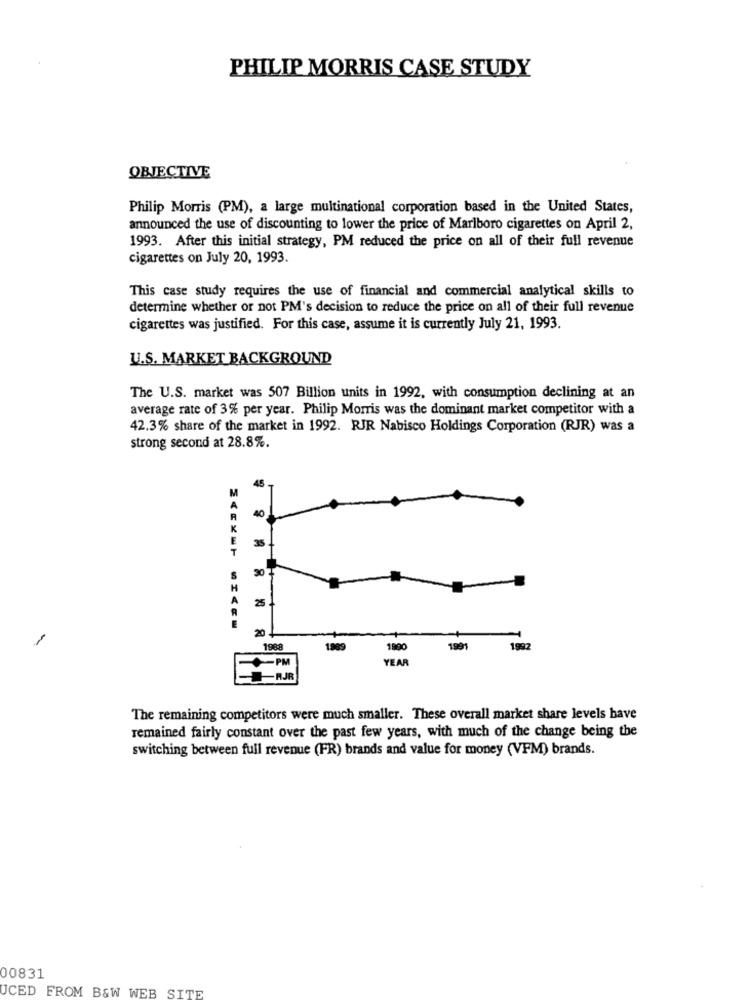
PHILIP MORRIS CASE STUDY
OBJECTIVE
Philip Morris (PM), a large multinational corporation based in the United States,
announced the use of discounting to lower the price of Marlboro cigarettes on April 2,
1993. After this initial strategy, PM reduced the price on all of their full revenue
cigarettes on July 20, 1993.
This case study requires the use of financial and commercial analytical skills to
determine whether or not PM's decision to reduce the price on all of their full revenue
cigarettes was justified. For this case, assume it is currently July 21, 1993.
U.S. MARKET BACKGROUND
The U.S. market was 507 Billion units in 1992, with consumption declining at an
average rate of 3% per year. Philip Morris was the dominant market competitor with a
42.3% share of the market in 1992. RJR Nabisco Holdings Corporation (RJR) was a
strong second at 28.8%.
45
40
35
50
25
20
1988
1989
1900
1991
1992
PM
YEAR
+AJR
The remaining competitors were much smaller. These overall market share levels have
remained fairly constant over the past few years, with much of the change being the
switching between full revenue (FR) brands and value for money (VFM) brands.
00831
UCED FROM B&W WEB SITE